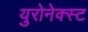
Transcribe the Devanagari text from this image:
युरोनेक्स्ट